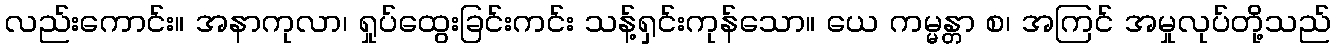
လည်းကောင်း။ အနာကုလာ၊ ရှုပ်ထွေးခြင်းကင်း သန့်ရှင်းကုန်သော။ ယေ ကမ္မန္တာ စ၊ အကြင် အမှုလုပ်တို့သည်